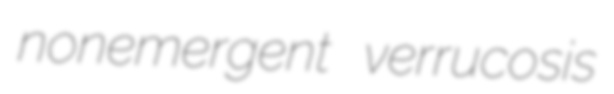
nonemergent verrucosis